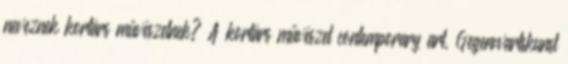
neveznek kortárs művészetnek? A kortárs művészet contemporary art, Gegenwartskunst